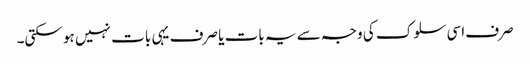
صرف اسی سلوک کی وجہ سے یہ بات یا صرف یہی بات نہیں ہو سکتی۔